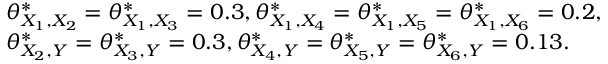
\begin{array} { r l } & { \theta _ { X _ { 1 } , X _ { 2 } } ^ { * } = \theta _ { X _ { 1 } , X _ { 3 } } ^ { * } = 0 . 3 , \theta _ { X _ { 1 } , X _ { 4 } } ^ { * } = \theta _ { X _ { 1 } , X _ { 5 } } ^ { * } = \theta _ { X _ { 1 } , X _ { 6 } } ^ { * } = 0 . 2 , } \\ & { \theta _ { X _ { 2 } , Y } ^ { * } = \theta _ { X _ { 3 } , Y } ^ { * } = 0 . 3 , \theta _ { X _ { 4 } , Y } ^ { * } = \theta _ { X _ { 5 } , Y } ^ { * } = \theta _ { X _ { 6 } , Y } ^ { * } = 0 . 1 3 . } \end{array}